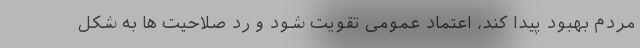
مردم بهبود پیدا کند، اعتماد عمومی تقویت شود و رد صلاحیت ها به شکل